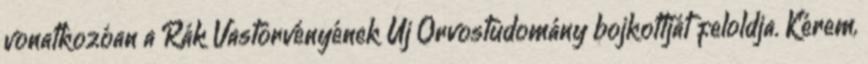
vonatkozóan a Rák Vastörvényének Új Orvostudomány bojkottját feloldja. Kérem,